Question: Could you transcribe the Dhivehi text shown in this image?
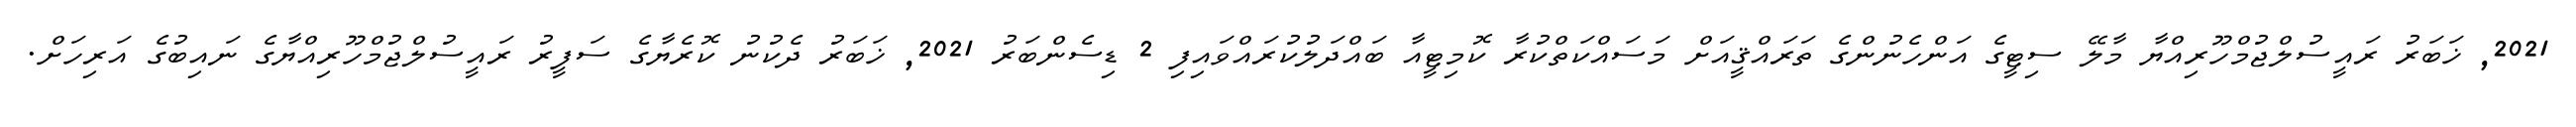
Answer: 2021, ޚަބަރު ރައީސުލްޖުމްހޫރިއްޔާ މާލޭ ސިޓީގެ އަންހެނުންގެ ތަރައްޤީއަށް މަސައްކަތްކުރާ ކޮމިޓީއާ ބައްދަލުކުރައްވައިފި 2 ޑިސެންބަރު 2021, ޚަބަރު ދެކުނު ކޮރެޔާގެ ސަފީރު ރައީސުލްޖުމްހޫރިއްޔާގެ ނައިބުގެ އަރިހަށް.